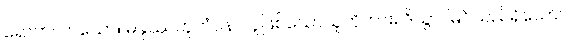
ရောက်လာသော။ မနုဿဘူတံပန၊ လူဖြစ်သောသူကိုကား။ ဒိသွာ၊ မြင်သည်ရှိသော်။